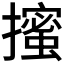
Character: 𭢼